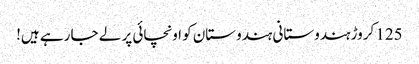
125 کروڑ ہندوستانی ہندوستان کو اونچائی پر لے جا رہے ہیں!